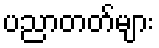
ပညာတတ်များ